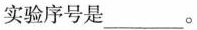
实验序号是___。